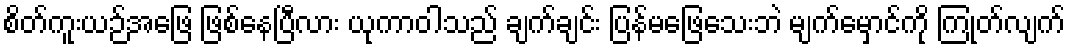
စိတ်ကူးယဉ်အဖြေ ဖြစ်နေပြီလား ယုကာဝါသည် ချက်ချင်း ပြန်မဖြေသေးဘဲ မျက်မှောင်ကို ကြုတ်လျက်